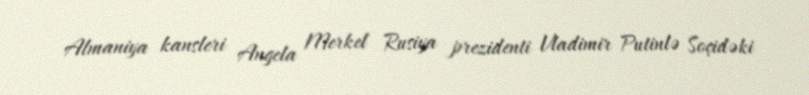
Almaniya kansleri Angela Merkel Rusiya prezidenti Vladimir Putinlə Soçidəki